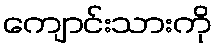
ကျောင်းသားကို